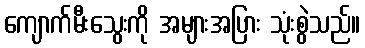
ကျောက်မီးသွေးကို အများအပြား သုံးစွဲသည်။